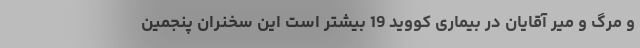
و مرگ و میر آقایان در بیماری کووید 19 بیشتر است این سخنران پنجمین